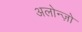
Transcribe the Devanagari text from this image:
अलोन्ज़ो